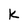
Character: K